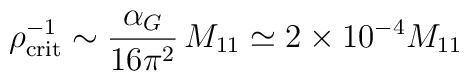
\rho_{\rm crit}^{-1}\sim{\alpha_G\over 16\pi^2}\, M_{11}\simeq 2\times 10^{-4}M_{11}